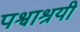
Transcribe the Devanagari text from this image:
पश्वाश्रयी